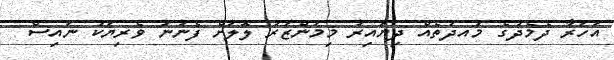
އަހަރާ ދެމެދުގެ މުއދަތެއް ދިޔައިރު މިމަންޒަރު ލޮލަށް ފެނުނު ވެރިޔަކު ނައިސް